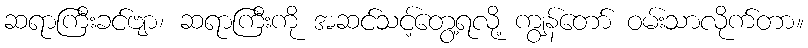
ဆရာကြီးခင်ဗျာ၊ ဆရာကြီးကို အဆင်သင့်တွေ့ရလို့ ကျွန်တော် ဝမ်းသာလိုက်တာ။